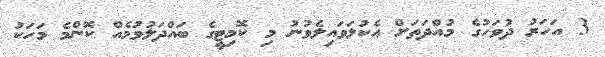
3 އަހަރު ދުވަހުގެ މުއްދަތަށް އެކުލަވައިލެވުނު މި ކޮމިޓީގެ ބައްދަލުވުމެއް ކޮންމެ މަހަކު